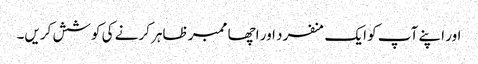
اور اپنے آپ کو ایک منفرد اور اچھا ممبر ظاہر کرنے کی کوشش کریں۔